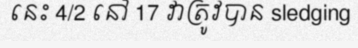
នេះ 4/2 នៅ 17 វាត្រូវបាន sledging